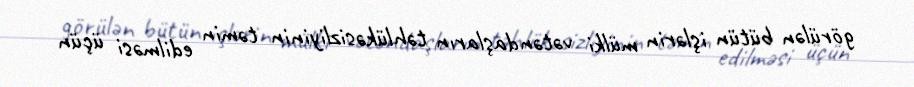
görülən bütün işlərin mülki vətəndaşların təhlükəsizliyinin təmin edilməsi üçün